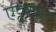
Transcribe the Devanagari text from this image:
एट्टुवीटर